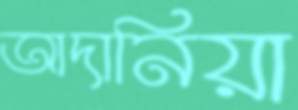
আদানিয়া